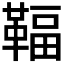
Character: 𩋨